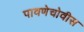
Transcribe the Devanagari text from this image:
पावणेचोवीस